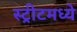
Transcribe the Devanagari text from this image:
स्ट्रीटमध्ये